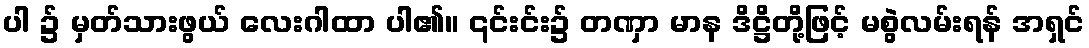
ပါ ၌ မှတ်သားဖွယ် လေးဂါထာ ပါ၏။ ၎င်းင်း၌ တဏှာ မာန ဒိဋ္ဌိတို့ဖြင့် မစွဲလမ်းရန် အရှင်